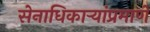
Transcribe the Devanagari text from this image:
सेनाधिकार्‍यांप्रमाणे